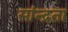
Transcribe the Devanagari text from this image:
सांन्द्रता